Vana-Antsla_vallavalitsus, lk 119
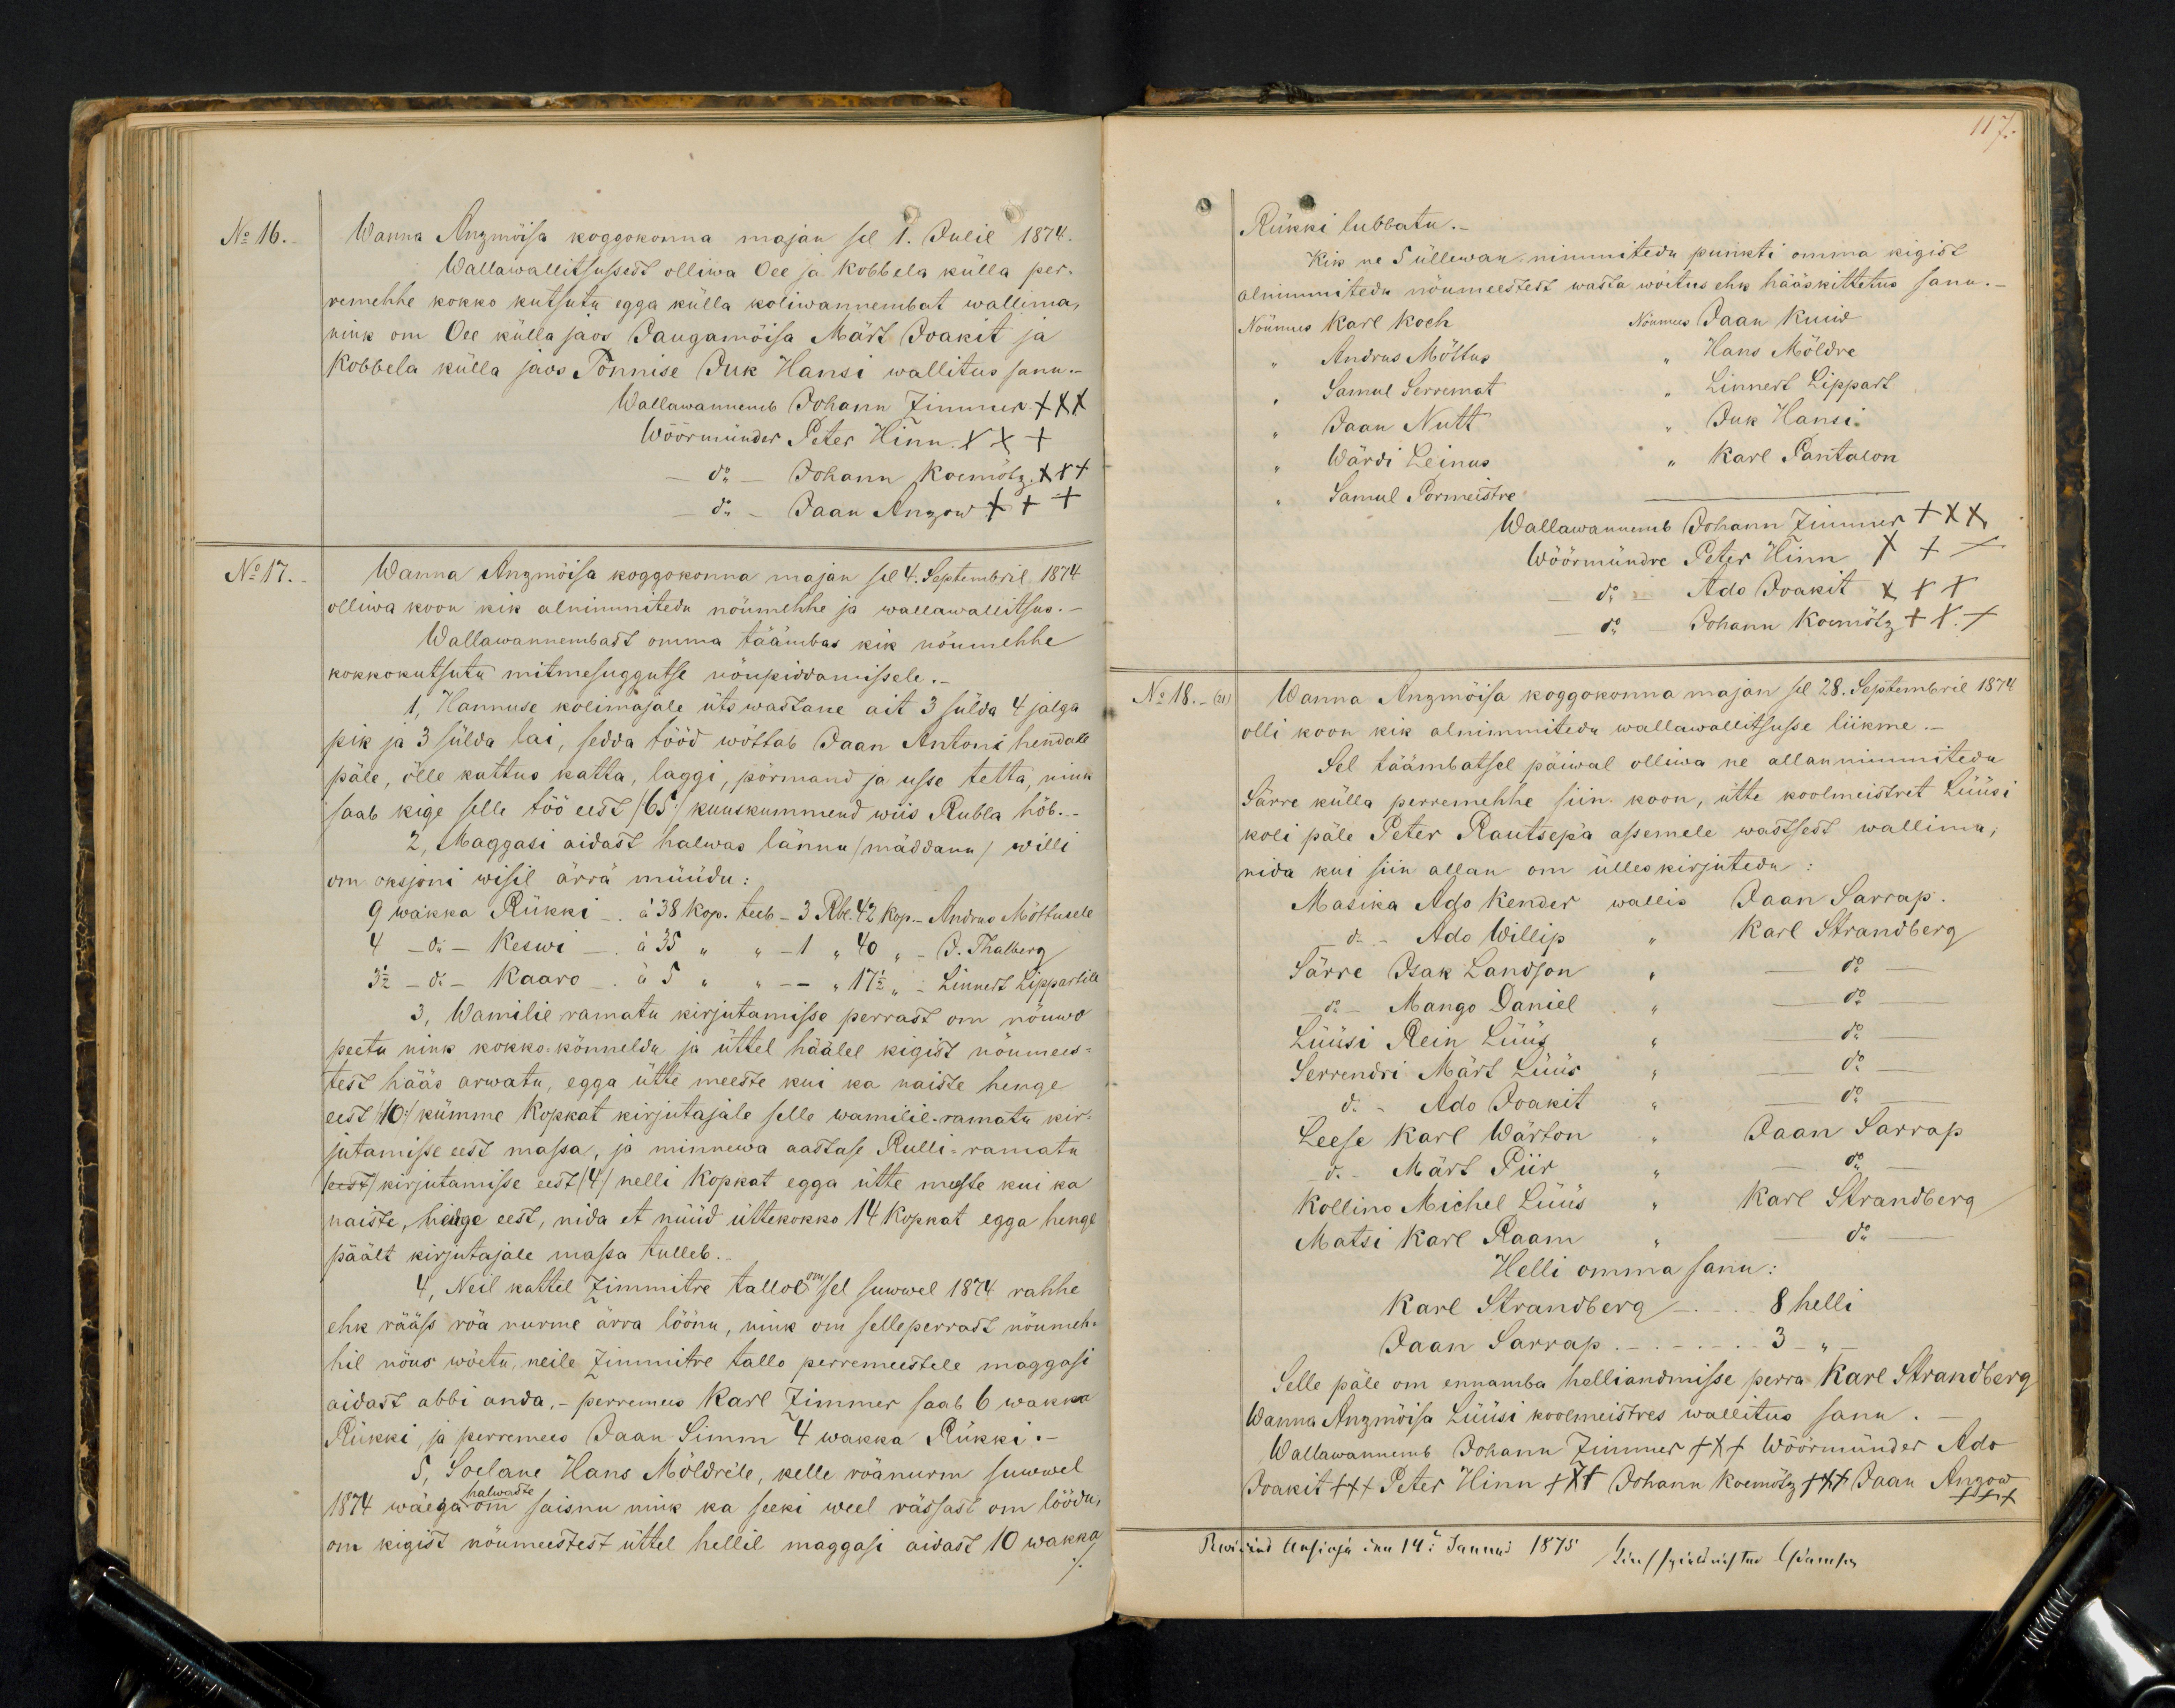
No 16.
Wanna Anzmõisa koggokonna majan sel 1. Julil 1874.
Wallawallitsusest olliwa Oee ja Kobbela külla per-
remehhe kokko kutsutu egga külla koliwannembat wallima,
nink om Oee külla jaos Jaugamõisa Märt Joakit ja
Kobbela külla jaos Tõnnise Juk Hansi wallitus sanu.
Wallawannenb Johann Zimmer XXX
Wöörmünder Peter Hinn XXX
do - Johann Koemötz XXX
do - Jaan Anzow +++
No 17.
Wanna Anzmõisa koggokonna majan sel 4. Septembril 1874
olliwa koon kik alnimitedu nöumehhe ja wallawallitsus.
Wallawannembast omma täämbas kik nöumehhe
kokkokutsutu mitmesuggutse nöupiddamisele.
1, Hannuse kolimajale üts wastane ait 3 sülda 4 jalga
pik ja 3 sülda lai, sedda tööd wöttab Jaan Antoni hendale
päle, ölle kattus katta, laggi, pörmand ja usse tetta, nink
saab kige selle töö eest (65) kuuskümmend wiis Rubla hõb.-
2, Maggasi aidast halwas lännu (mäddanu) willi
om oksjoni wisil ärrä müüdu:
9 wakka Rükki - à  38 kop. teeb - 3 Rbl. 42 kop.- Andrus Mõttusele
4 - do - Keswi - à 35 " - 1 " 40 " - J. Thalberg
32 - do - Kaaro - à 5 " - " 17 1/2 " Linnert Lippartile
3. Wamilie ramatu kirjutamisse perrast om nõuwo
peetu nink kokko-könneldu ja üttel häälel kigist nöumees-
test hääs arwatu, egga ütte meeste kui ka naiste henge
eest /:10:/ kümme Kopkat kirjutajale selle wamilie ramatu kir-
jutamise eest massa, ja minnewa aastase Rulli-ramatu
(eest) kirjutamisse eest (4) nelli kopkat egga ütte meeste kui ka
naiste, henge eest, mida et nüüd ühtekokko 14 kopkat egga henge
päält kirjutajale massa tulleb.
4, Neil kattel 7 Zimmitre tallol om sel suwel 1874 rahhe
ehk rääss röa nurme ärra löönu, nink om selleperrast nöumeh
hil nöus wöetu, neile Zimmitre tallo perremeestele maggasi
aidast abbi anda.- perremees Karl Zimmer saab 6 wakka
Rükki ja perremees Jaan Simm 4 wakka Rükki -
5, Soelane Hans Möldrile, kelle röänurm suwwel
1874 wäega halwaste om saisnu nink ka seeki weel rässast om löödu
on kigist nöumeestest üttel hellil maggasi aidast 10 wakka

117.
Rükki lubbatu.
Kik ne 5 üllewan nimmitedu punkti omma kigist
alnimmitedu nöumeestest wasta wöitus ehk hääskittetus sanu.
Nöumees Karl Koch
Nöumees Jaan Kuiw
" Andrus Mõttus " Hans Möldre
" Samul Serremat " Linnert Lippart
" Jaan Nutt " Juk Hansi
" Wärdi Leinus " Karl Pantalon
" Samul Pormeistre "
Wallawanemb Johann Zimmer XXX
Wöörmündre Peter Hinn +++
do Ado Joakit XXX
do Johann Koemötz xxx
No 18.
Wanna Anzmõisa koggokonna majan sel 28. Septembril 1874
olli koon kik alnimmitedu wallawallitsuse liikme.
Sel täämbatsel päiwal olliwa ne allannimmitedu
Särre külla perremehhe siin koon, ütte koolmeistret Lüüsi
koli päle Peter Rautsepa asemele wastsest wallima,
nida kui siin allan om ülles kirjuteda.
Masika Ado Kender wallis Jaan Sarrap.
do Ado Willip " Karl Strandberg
Särre Isak Landson - - do
do Mango Daniel " - do -
Lüüsi Rein Lüüs - do -
Serrendri Märt Luus " do
do - Ado Joakit " - do -
Leese Karl Wärton " Jaan Sarrap
do - Märt Piir " - do -
Kollino Michel Lüüs " Karl Strandberg
Matsi Karl Raam - do
Helli omma sanu:
Karl Strandberg - 8 helli
Jaan Sarrap - - 3 "
Selle päle om ennamba helliandmisse perra Karl Strandberg
Wanna Anzmöisa Lüüsi koolmeistres wallitus sanu.
Wallawannemb Johann Zimmer +++ Wöörmünder Ado
Joakit +++ Peter Hinn +++ Johann Koemötz +++ Jaan Anzow XXX